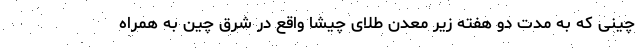
چینی که به مدت دو هفته زیر معدن طلای چیشا واقع در شرق چین به همراه